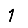
Digit: 1